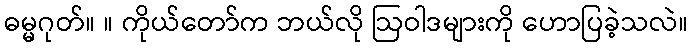
ဓမ္မဂုတ်။ ။ ကိုယ်တော်က ဘယ်လို ဩဝါဒများကို ဟောပြခဲ့သလဲ။